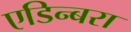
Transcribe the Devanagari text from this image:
एडिन्बरा